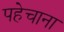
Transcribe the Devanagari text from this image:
पहेचाना